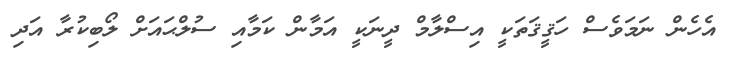
އެހެން ނަމަވެސް ހަޤީޤަތަކީ އިސްލާމް ދީނަކީ އަމާން ކަމާއި ސުލްޙައަށް ލޯބިކުރާ އަދި